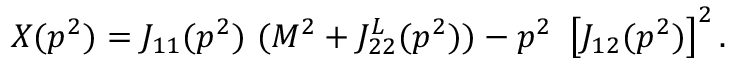
X ( p ^ { 2 } ) = J _ { 1 1 } ( p ^ { 2 } ) \ ( M ^ { 2 } + J _ { 2 2 } ^ { L } ( p ^ { 2 } ) ) - p ^ { 2 } \ \left[ J _ { 1 2 } ( p ^ { 2 } ) \right] ^ { 2 } .